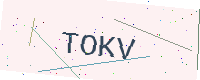
Text: TOKV